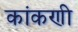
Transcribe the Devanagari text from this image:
कांकणी